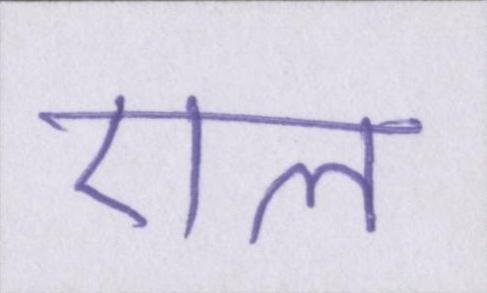
एल